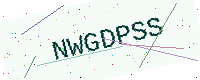
Text: NWGDPSS